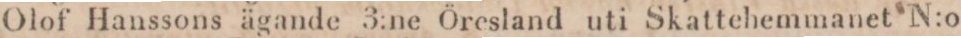
Olof Hanssons ägande 3:ne Öresland uti Skattehemmanet N:o